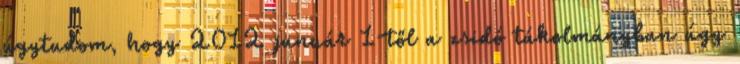
úgytudom, hogy 2012 január 1-től a zsidó tákolmányban úgy